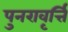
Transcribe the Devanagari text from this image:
पुनरावृर्त्ति